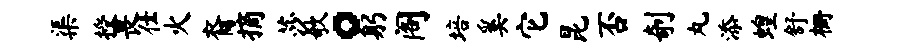
渠授畏仕火裔摘莎欹。躬阁培奚它昆否剞丸添蝗舒栅